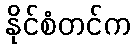
နိုင်စံတင်က